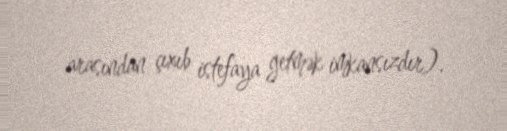
arasından çıxıb istefaya getmək imkansızdır).